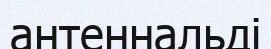
антеннальді